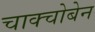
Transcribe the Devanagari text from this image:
चाक्चोबेन